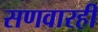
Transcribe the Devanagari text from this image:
सणवारही